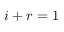
i + r = 1